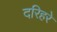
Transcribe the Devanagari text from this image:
दरिहरे